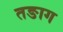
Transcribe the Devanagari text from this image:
तङाग